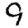
Digit: 9